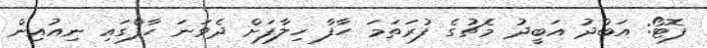
ފޮޓޯ: އަބްދު އަބީދު މެޗުގެ ފުރަތަމަ ހާފާ ހިލާފަށް ދެވަނަ ހާފްގައި ނިއުއިން